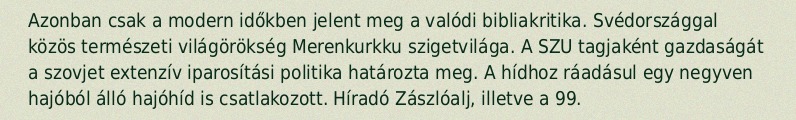
Azonban csak a modern időkben jelent meg a valódi bibliakritika. Svédországgal közös természeti világörökség Merenkurkku szigetvilága. A SZU tagjaként gazdaságát a szovjet extenzív iparosítási politika határozta meg. A hídhoz ráadásul egy negyven hajóból álló hajóhíd is csatlakozott. Híradó Zászlóalj, illetve a 99.